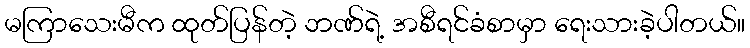
မကြာသေးမီက ထုတ်ပြန်တဲ့ ဘဏ်ရဲ့ အစီရင်ခံစာမှာ ရေးသားခဲ့ပါတယ်။